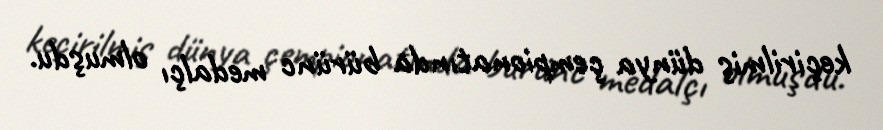
keçirilmiş dünya çempionatında bürünc medalçı olmuşdu.